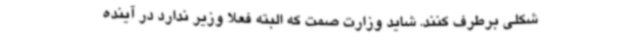
شکلی برطرف کنند. شاید وزارت صمت که البته فعلا وزیر ندارد در آینده